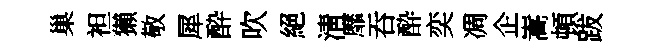
巢袒獺敬犀酔吹絕淸靡吞酔奕凋企嵩頓跋